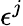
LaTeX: \epsilon^{j}